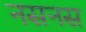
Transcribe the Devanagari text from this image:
नसनस